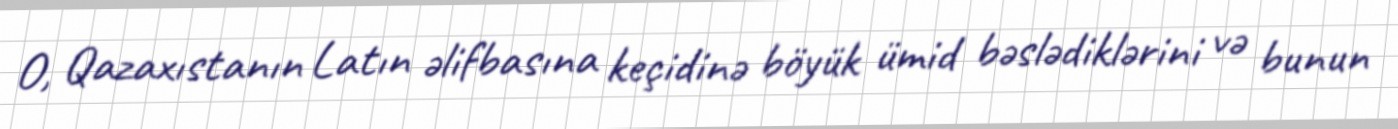
O, Qazaxıstanın Latın əlifbasına keçidinə böyük ümid bəslədiklərini və bunun